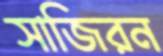
সাজিরন